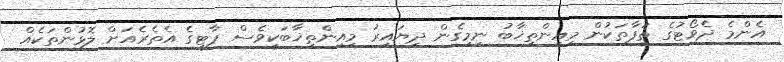
އެންމެ ދެވޯޓުގެ ތަފާތަކުން މިއިންތިޚާބު ނިމިގެން ދިޔައިރު މިއިންތިޚާބަކީވެސް ޕާޓީގެ އެތެރެއަށް ލޮޅުންތަކެއް